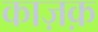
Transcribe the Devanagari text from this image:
काज़क़